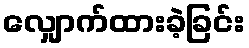
လျှောက်ထားခဲ့ခြင်း